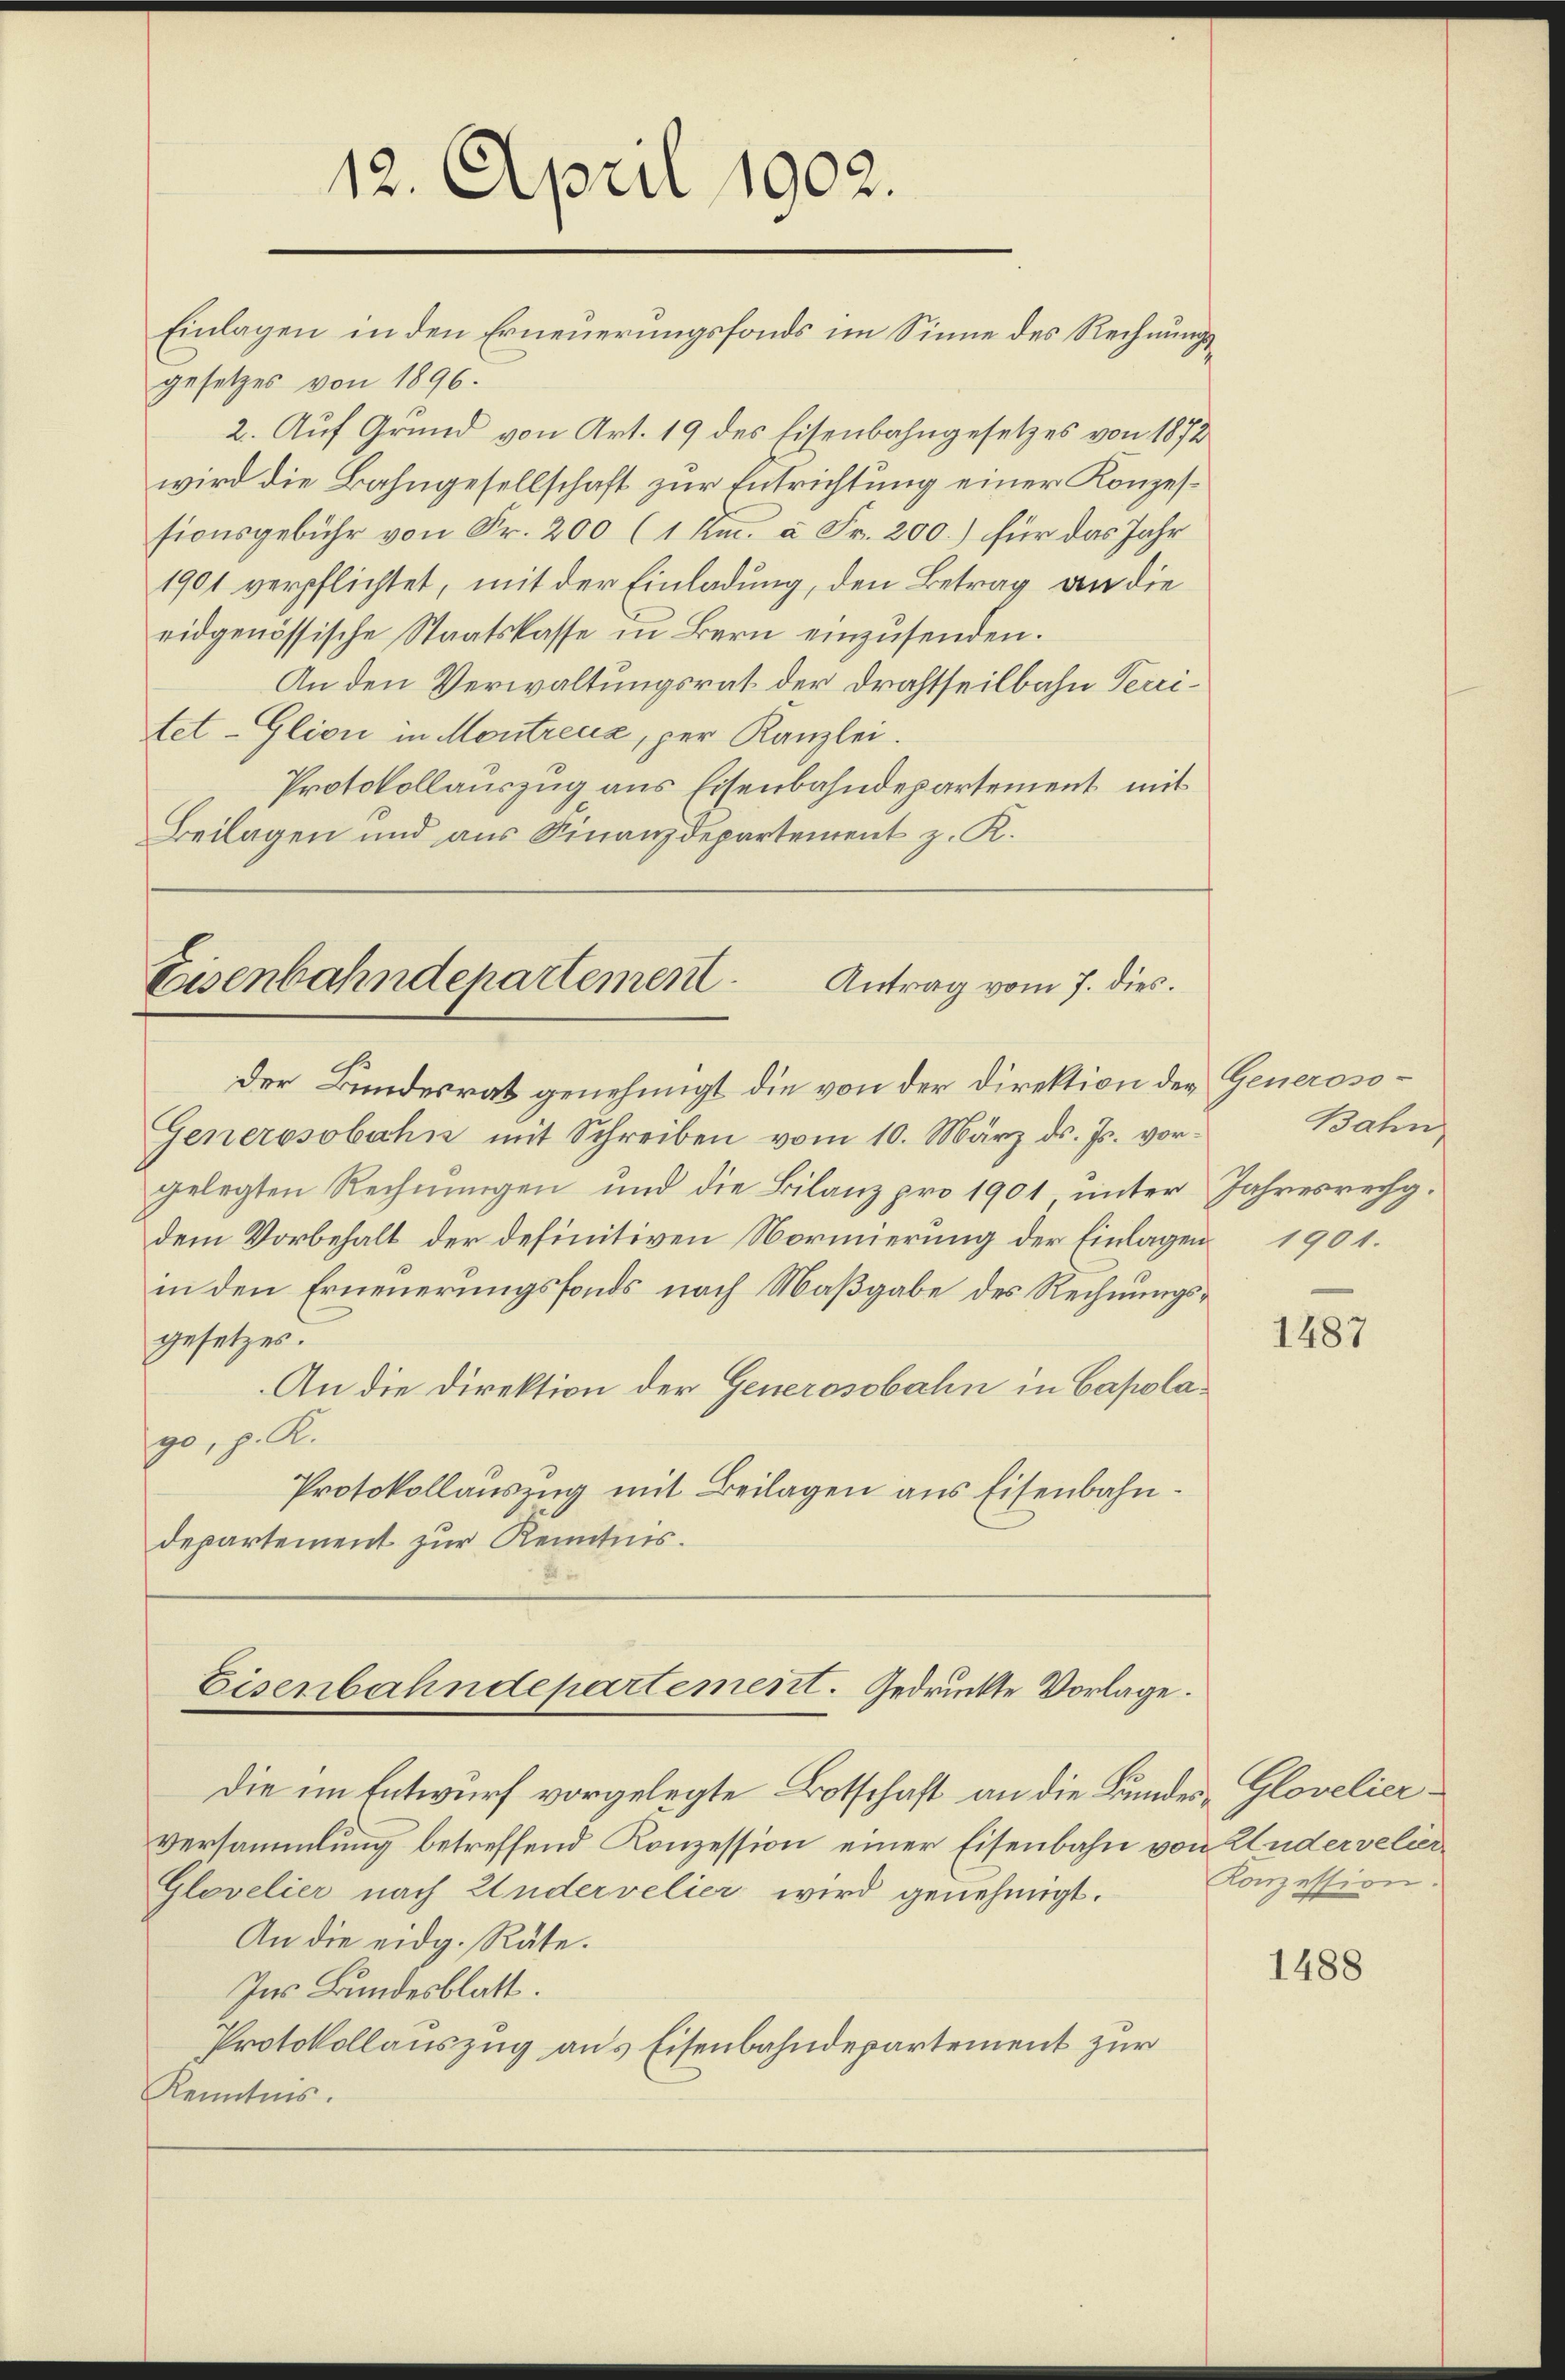
Einlagen in den Erneuerungsfonds im Sinne des Rechnungsgesetzes von 1896.
2. Auf Grund von Art. 19 des Eisenbahngesetzes von 1872
wird die Bahngesellschaft zur Entrichtung einer Konzessionsgebühr von Fr. 200 (1 Km. à Fr. 200.) für das Jahr
1901 verpflichtet, mit der Einladung, den Betrag an die
eidgenössische Staatskasse in Bern einzŭsenden.
An den Verwaltungsrat der Drahtheilbahn Territet-Glion in Montreux, per Kanzlei.
Protokollauszug aus Eisenbahndepartement mit
Beilagen und aus Finanzdepartement z. K.

12. April 1902.

Eisenbahndepartement
Antrag vom 7. dies.
Der Bundesrat genehmigt die von der Direktion der Generoso¬

Generosobahn mit Schreiben vom 10. März ds. Js. vorgelegten Rechnungen und die Bilanz pro 1901 unter Jahresrechg.
dem Vorbehalt der definitiven Normierung der Einlagen 1901.
in den Erneuerungsfonds nach Maßgabe des Rechnungsgesetzes.
An die Direktion der Generosobahn in Capolago, p. R.
Protokollauszug mit Beilagen aus Eisenbahndepartement zur Kenntnis.

Eisenbahndepartement. Gedruckte Vorlage.

die im Entwurf vorgelegte Botschaft an die Bundes-Glovelier¬
Versammlung betreffend Konzession einer Eisenbahn von Kludervelier
Glovelier nach Andervelier wird genehmigt.
An die eidg. Räte.
Ins Bundesblatt.
Protokollauszug aus Eisenbahndepartement zur
Kenntnis.

Bahn

1487

Konzession:

1488